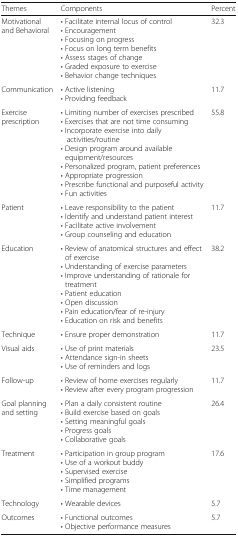
| Themes | Components | Percent |
 | --- | --- | --- |
 | Motivational and Behavioral | • Facilitate internal locus of control• Encouragement• Focusing on progress• Focus on long term benefits• Assess stages of change• Graded exposure to exercise• Behavior change techniques | 32.3 |
 | Communication | • Active listening• Providing feedback | 11.7 |
 | Exercise prescription | • Limiting number of exercises prescribed• Exercises that are not time consuming• Incorporate exercise into daily activities/routine• Design program around available equipment/resources• Personalized program, patient preferences• Appropriate progression• Prescribe functional and purposeful activity• Fun activities | 55.8 |
 | Patient | • Leave responsibility to the patient• Identify and understand patient interest• Facilitate active involvement• Group counseling and education | 11.7 |
 | Education | • Review of anatomical structures and effect of exercise• Understanding of exercise parameters• Improve understanding of rationale for treatment• Patient education• Open discussion• Pain education/fear of re-injury• Education on risk and benefits | 38.2 |
 | Technique | • Ensure proper demonstration | 11.7 |
 | Visual aids | • Use of print materials• Attendance sign-in sheets• Use of reminders and logs | 23.5 |
 | Follow-up | • Review of home exercises regularly• Review after every program progression | 11.7 |
 | Goal planning and setting | • Plan a daily consistent routine• Build exercise based on goals• Setting meaningful goals• Progress goals• Collaborative goals | 26.4 |
 | Treatment | • Participation in group program• Use of a workout buddy• Supervised exercise• Simplified programs• Time management | 17.6 |
 | Technology | • Wearable devices | 5.7 |
 | Outcomes | • Functional outcomes• Objective performance measures | 5.7 |